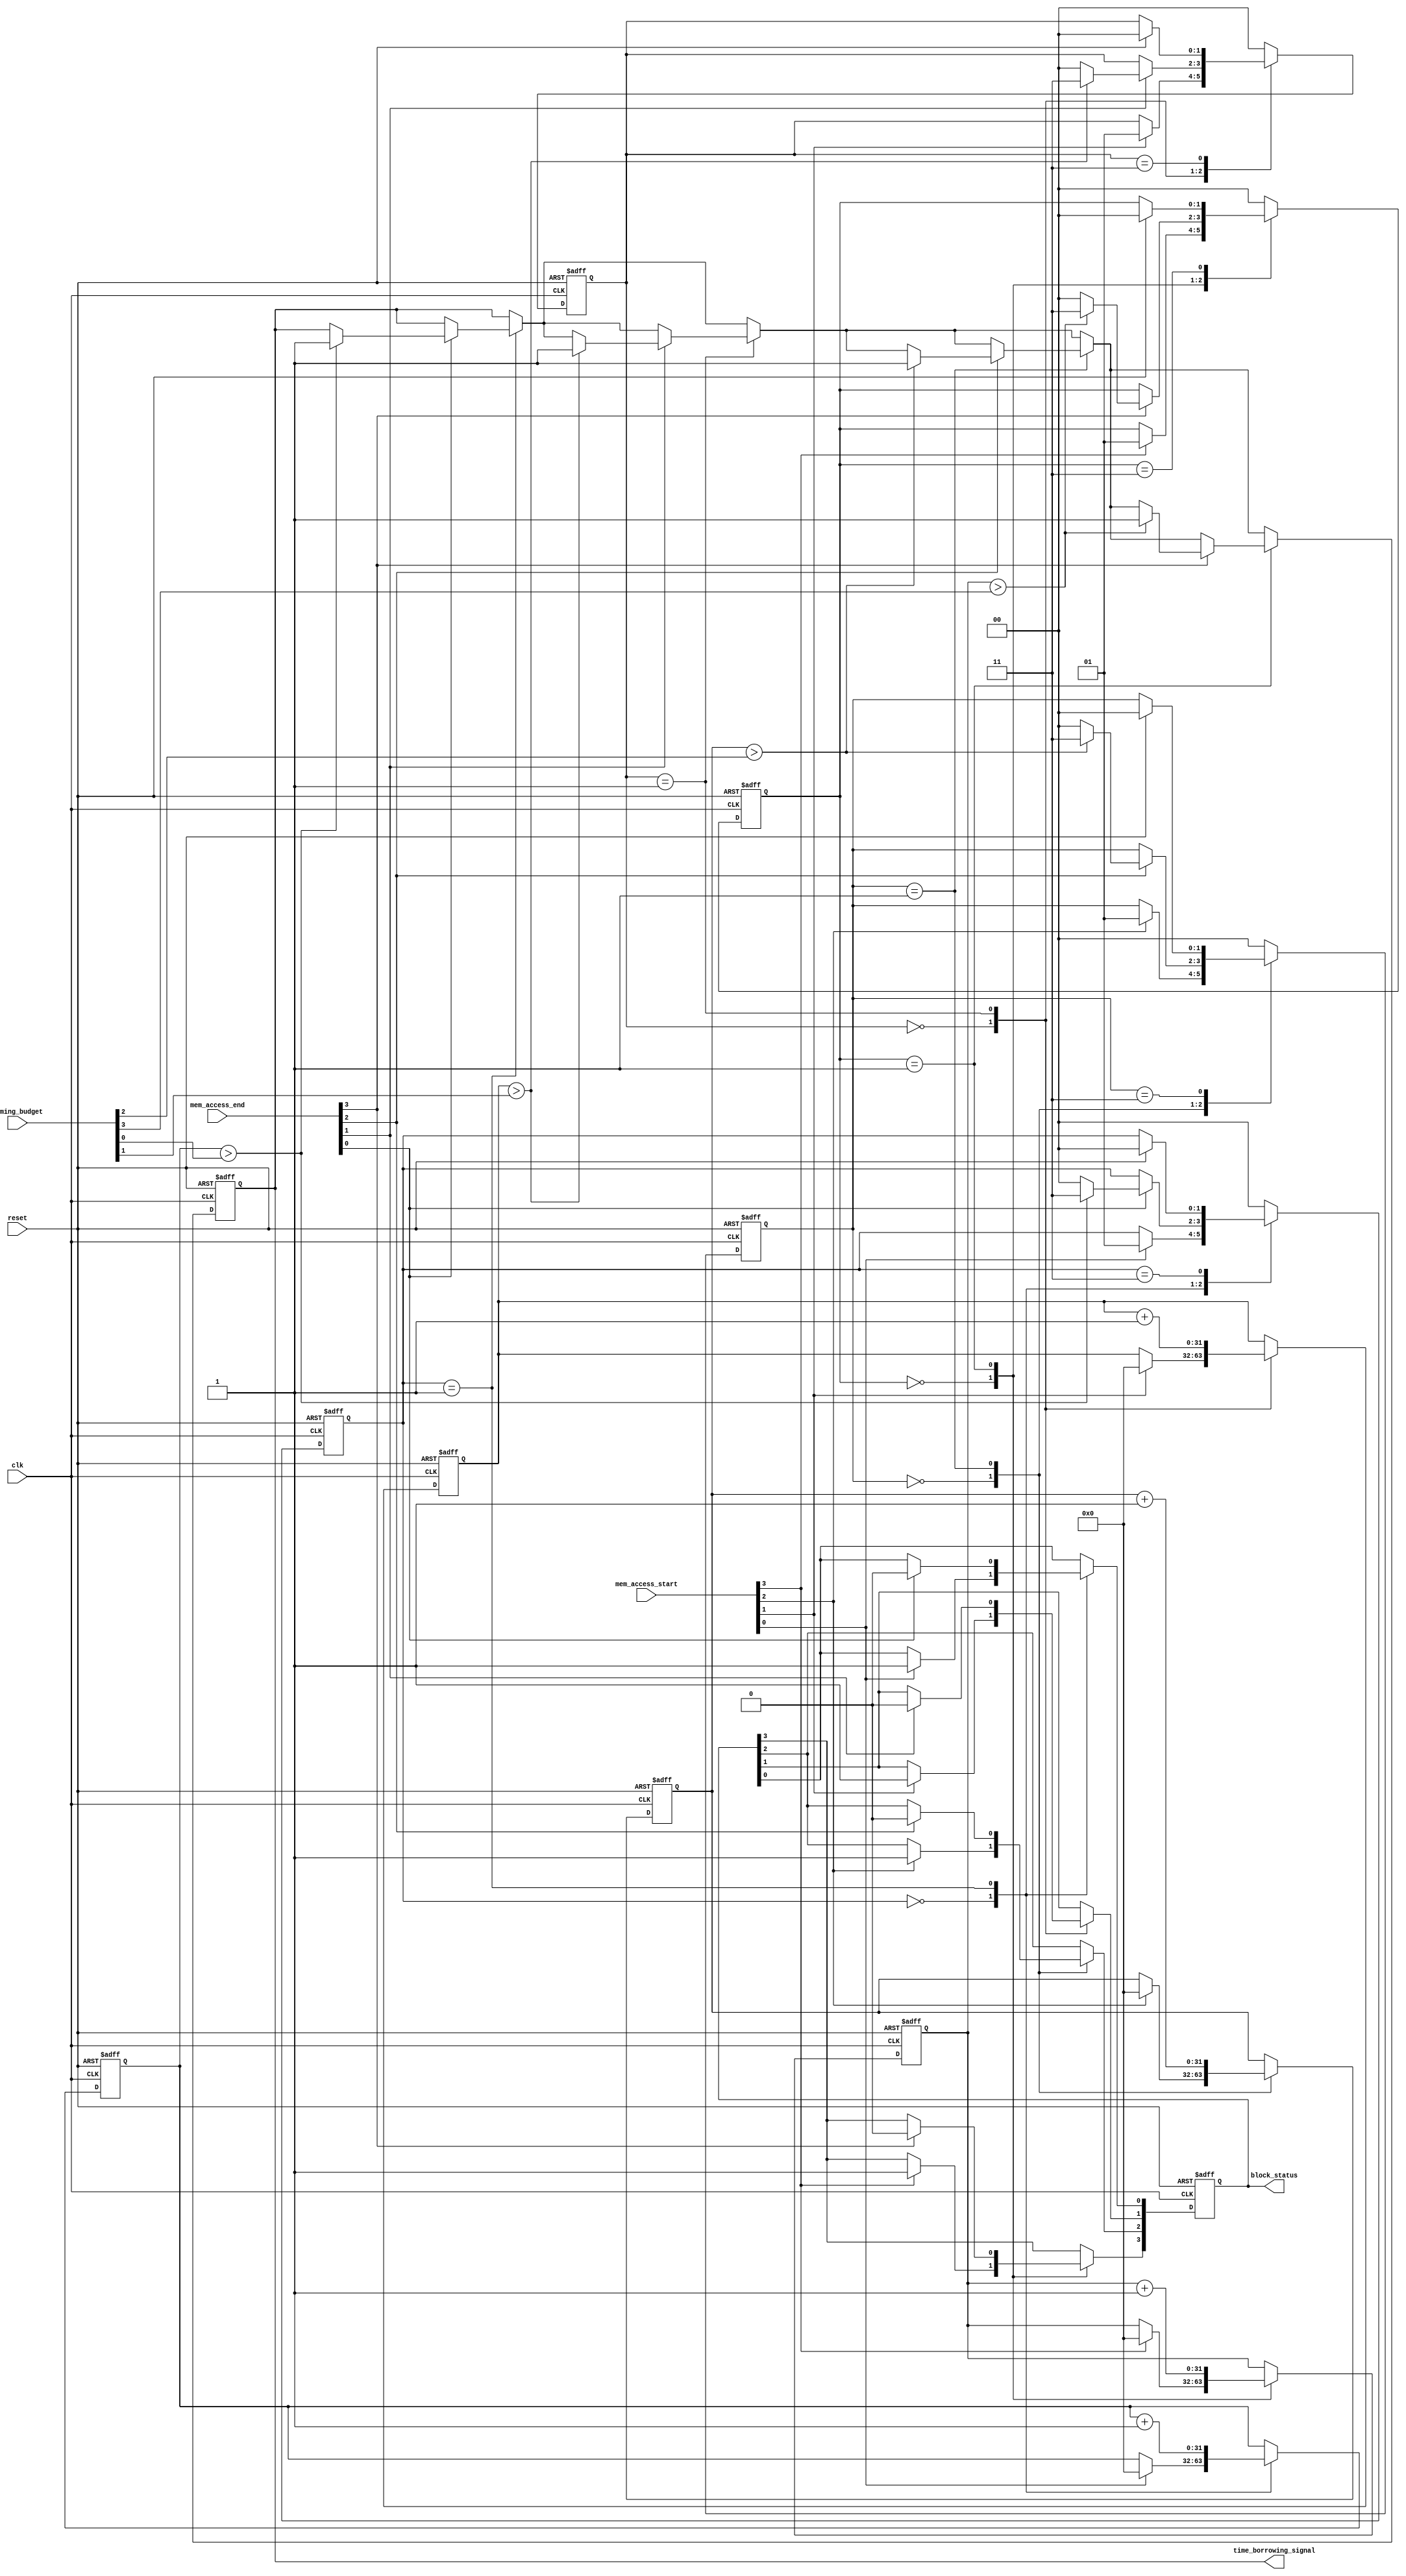
module MemoryBlocksTimeBorrowingDetector (
    input wire clk,
    input wire reset,
    input wire [N-1:0] mem_access_start, // Signals indicating start of memory access for N blocks
    input wire [N-1:0] mem_access_end,   // Signals indicating end of memory access for N blocks
    input wire [N-1:0] timing_budget,     // Predefined timing budget for each memory block
    output reg time_borrowing_signal,     // Output signal indicating a time borrowing event
    output reg [N-1:0] block_status       // Status signals for each memory block
);
    parameter N = 4; // Number of memory blocks
    parameter IDLE = 2'b00, ACTIVE = 2'b01, BORROW = 2'b10, ERROR = 2'b11;

    reg [1:0] state [N-1:0]; // FSM state for each memory block
    reg [31:0] counters [N-1:0]; // Timing counters for each memory block
    reg [N-1:0] active_blocks; // Active blocks during the current cycle

    integer i;

    // State machine and timing measurement
    always @(posedge clk or posedge reset) begin
        if (reset) begin
            time_borrowing_signal <= 1'b0;
            for (i = 0; i < N; i = i + 1) begin
                state[i] <= IDLE;
                counters[i] <= 32'b0;
                block_status[i] <= 1'b0; // Set idle status
            end
        end else begin
            // Update states and counters for each memory block
            for (i = 0; i < N; i = i + 1) begin
                case (state[i])
                    IDLE: begin
                        if (mem_access_start[i]) begin
                            state[i] <= ACTIVE;
                            counters[i] <= 32'b0; // Reset counter on start
                            block_status[i] <= 1'b1; // Set active status
                        end
                    end
                    ACTIVE: begin
                        counters[i] <= counters[i] + 1; // Increment the counter
                        if (mem_access_end[i]) begin
                            if (counters[i] > timing_budget[i]) begin
                                state[i] <= ERROR; // Move to error state if budget exceeded
                                time_borrowing_signal <= 1'b1; // Signal borrowing
                            end else begin
                                state[i] <= IDLE; // Return to idle if complete
                            end
                            block_status[i] <= 1'b0; // Set idle status
                        end
                    end
                    ERROR: begin
                        // Remain in error state until reset
                        if (reset) begin
                            state[i] <= IDLE; // Reset state on reset signal
                        end
                    end
                    default: begin
                        state[i] <= IDLE; // Default to idle state
                    end
                endcase
            end

            // Update active blocks
            active_blocks = 0;
            for (i = 0; i < N; i = i + 1) begin
                if (state[i] == ACTIVE) begin
                    active_blocks[i] = 1'b1;
                end
            end

            // Handle borrowing detection logic if necessary
            // (Example: Check if one block is borrowing from another)
            // Implement your custom borrowing detection logic here
        end
    end
endmodule